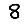
Digit: 8